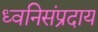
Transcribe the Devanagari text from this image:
ध्वनिसंप्रदाय